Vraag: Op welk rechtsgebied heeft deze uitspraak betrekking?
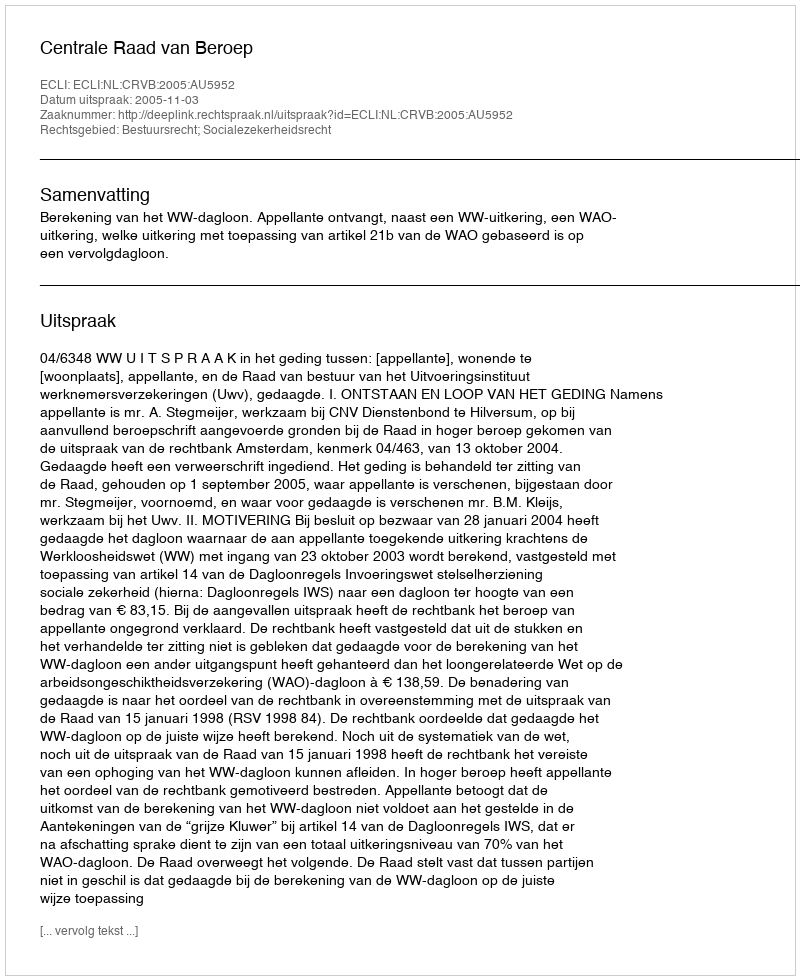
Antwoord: Bestuursrecht; Socialezekerheidsrecht